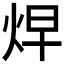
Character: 𱫁